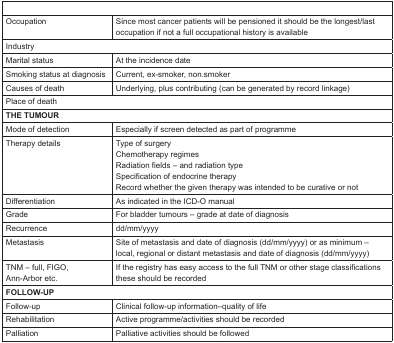
<table><thead><tr><td colspan="2">[EMPTY_CELL]</td></tr></thead><tbody><tr><td>Occupation</td><td>Since most cancer patients will be pensioned it should be the longest/last occupation if not a full occupational history is available</td></tr><tr><td colspan="2">Industry</td></tr><tr><td>Marital status</td><td>At the incidence date</td></tr><tr><td>Smoking status at diagnosis</td><td>Current, ex-smoker, non.smoker</td></tr><tr><td>Causes of death</td><td>Underlying, plus contributing (can be generated by record linkage)</td></tr><tr><td colspan="2">Place of death</td></tr><tr><td colspan="2"><b>THE TUMOUR</b></td></tr><tr><td>Mode of detection</td><td>Especially if screen detected as part of programme</td></tr><tr><td>Therapy details</td><td>Type of surgery Chemotherapy regimes Radiation fields – and radiation type Specification of endocrine therapy Record whether the given therapy was intended to be curative or not</td></tr><tr><td>Differentiation</td><td>As indicated in the ICD-O manual</td></tr><tr><td>Grade</td><td>For bladder tumours – grade at date of diagnosis</td></tr><tr><td>Recurrence</td><td>dd/mm/yyyy</td></tr><tr><td>Metastasis</td><td>Site of metastasis and date of diagnosis (dd/mm/yyyy) or as minimum – local, regional or distant metastasis and date of diagnosis (dd/mm/yyyy)</td></tr><tr><td>TNM – full, FIGO, Ann-Arbor etc.</td><td>If the registry has easy access to the full TNM or other stage classifications these should be recorded</td></tr><tr><td colspan="2"><b>FOLLOW-UP</b></td></tr><tr><td>Follow-up</td><td>Clinical follow-up information–quality of life</td></tr><tr><td>Rehabilitation</td><td>Active programme/activities should be recorded</td></tr><tr><td>Palliation</td><td>Palliative activities should be followed</td></tr></tbody></table>